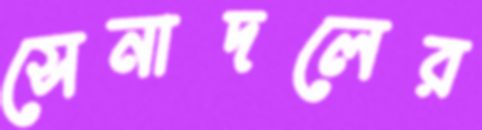
সেনাদলের